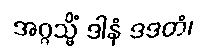
အဂ္ဂသ္မိံ ဒါနံ ဒဒတံ၊